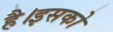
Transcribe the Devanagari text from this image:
है।इसको